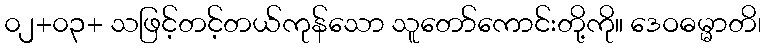
၀၂+၀၃+ သဖြင့်တင့်တယ်ကုန်သော သူတော်ကောင်းတို့ကို။ ဒေဝဓမ္မာတိ၊